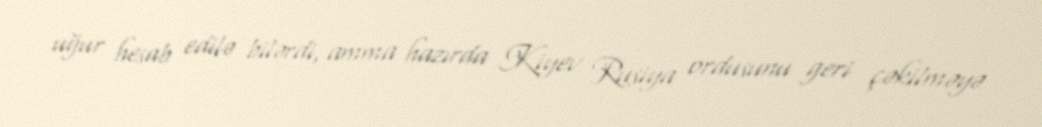
uğur hesab edilə bilərdi, amma hazırda Kiyev Rusiya ordusunu geri çəkilməyə